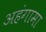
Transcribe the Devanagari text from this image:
अहंगामा